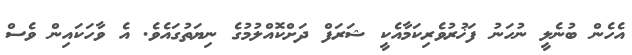
އެހެން ބުނެލީ ނުހަނު ފަޚުރުވެރިކަމާއެކީ ޝަރަފް ދަށްކޮއްލުމުގެ ނިޔަތުގައެވެ. އެ ވާހަކައިން ވެސް